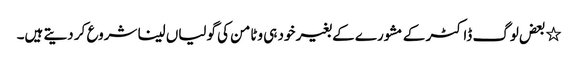
٭بعض لوگ ڈاکٹر کے مشورے کے بغیر خود ہی وٹامن کی گولیاں لینا شروع کر دیتے ہیں۔